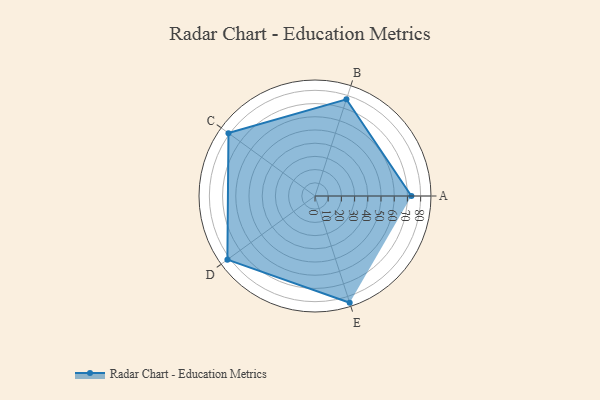
{"axis": {"x": "Skill", "y": "Score"}, "legend": ["Profile"], "data": [{"x": "A", "y": 73.0, "type": "Profile"}, {"x": "B", "y": 77.0, "type": "Profile"}, {"x": "C", "y": 81.0, "type": "Profile"}, {"x": "D", "y": 82.0, "type": "Profile"}, {"x": "E", "y": 85.0, "type": "Profile"}]}